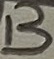
Text: B